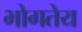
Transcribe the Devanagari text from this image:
भोगतेय